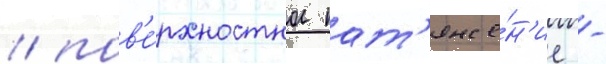
/ пов'е́рхностное нат'яже́н'ие -